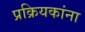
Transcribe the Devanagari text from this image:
प्रक्रियकांना